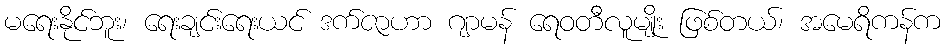
မရေးနိုင်ဘူး၊ ရေးချင်းရေးယင် ဒက်ဇာဟာ ဂျာမန် ရေဝတီလူမျိုး ဖြစ်တယ်၊ အမေရိကန်က